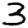
Digit: 3